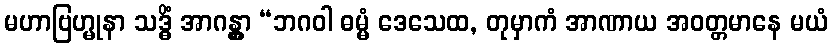
မဟာဗြဟ္မုနာ သဒ္ဓိံ အာဂန္တွာ “ဘဂဝါ ဓမ္မံ ဒေသေထ, တုမှာကံ အာဏာယ အဝတ္တမာနေ မယံ